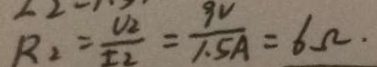
R _ { 2 } = \frac { U _ { 2 } } { I _ { 2 } } = \frac { 9 V } { 1 . 5 A } = 6 \Omega .